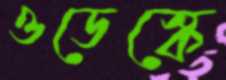
ওডেস্কে